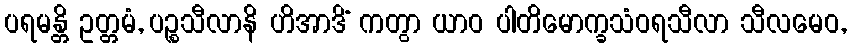
ပရမန္တိ ဥတ္တမံ, ပဉ္စသီလာနိ ဟိအာဒိံ ကတွာ ယာဝ ပါတိမောက္ခသံဝရသီလာ သီလမေဝ,